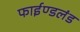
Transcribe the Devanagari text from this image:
फाईण्डलंड